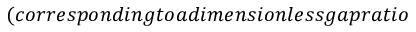
( c o r r e s p o n d i n g t o a d i m e n s i o n l e s s g a p r a t i o